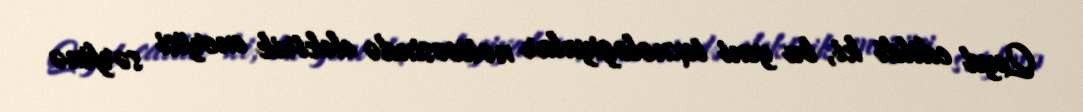
Qeyd edildi ki, bu yeni texnologiyalar nəticəsində elektrik enerjisi sərfinə